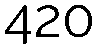
420